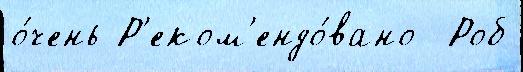
о́чень Р'еком'ендо́вано  Роб